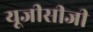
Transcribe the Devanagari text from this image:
यूजीसीजी